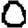
Digit: 0